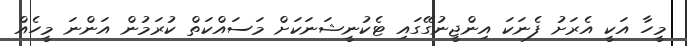
މީހާ އަކީ އެރަށު ފެނަކަ އިންޖީނުގޭގައި ޓެކުނީޝަނަކަށް މަސައްކަތް ކުރަމުން އަންނަ މީހެއް